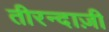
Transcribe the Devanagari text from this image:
तीरन्दाज़ी